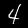
Label: 4